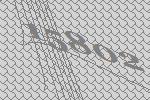
15802